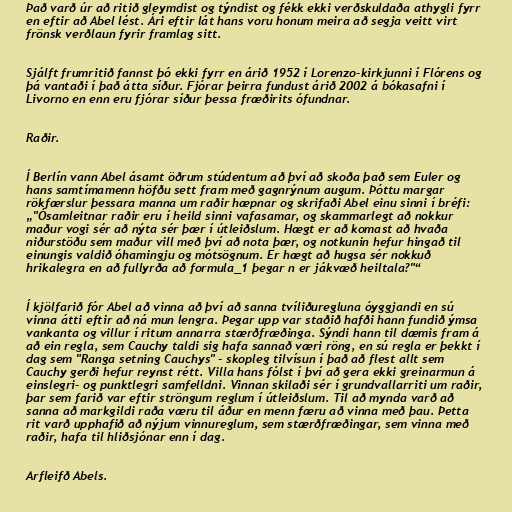
Það varð úr að ritið gleymdist og týndist og fékk ekki verðskuldaða athygli fyrr
en eftir að Abel lést. Ári eftir lát hans voru honum meira að segja veitt virt
frönsk verðlaun fyrir framlag sitt.

Sjálft frumritið fannst þó ekki fyrr en árið 1952 í Lorenzo-kirkjunni í Flórens og
þá vantaði í það átta síður. Fjórar þeirra fundust árið 2002 á bókasafni í
Livorno en enn eru fjórar síður þessa fræðirits ófundnar.

Raðir.

Í Berlín vann Abel ásamt öðrum stúdentum að því að skoða það sem Euler og
hans samtímamenn höfðu sett fram með gagnrýnum augum. Þóttu margar
rökfærslur þessara manna um raðir hæpnar og skrifaði Abel einu sinni í bréfi:
„"Ósamleitnar raðir eru í heild sinni vafasamar, og skammarlegt að nokkur
maður vogi sér að nýta sér þær í útleiðslum. Hægt er að komast að hvaða
niðurstöðu sem maður vill með því að nota þær, og notkunin hefur hingað til
einungis valdið óhamingju og mótsögnum. Er hægt að hugsa sér nokkuð
hrikalegra en að fullyrða að formula_1 þegar n er jákvæð heiltala?"“

Í kjölfarið fór Abel að vinna að því að sanna tvíliðuregluna óyggjandi en sú
vinna átti eftir að ná mun lengra. Þegar upp var staðið hafði hann fundið ýmsa
vankanta og villur í ritum annarra stærðfræðinga. Sýndi hann til dæmis fram á
að ein regla, sem Cauchy taldi sig hafa sannað væri röng, en sú regla er þekkt í
dag sem "Ranga setning Cauchys" - skopleg tilvísun í það að flest allt sem
Cauchy gerði hefur reynst rétt. Villa hans fólst í því að gera ekki greinarmun á
einslegri- og punktlegri samfelldni. Vinnan skilaði sér í grundvallarriti um raðir,
þar sem farið var eftir ströngum reglum í útleiðslum. Til að mynda varð að
sanna að markgildi raða væru til áður en menn færu að vinna með þau. Þetta
rit varð upphafið að nýjum vinnureglum, sem stærðfræðingar, sem vinna með
raðir, hafa til hliðsjónar enn í dag.

Arfleifð Abels.